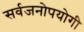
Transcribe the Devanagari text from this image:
सर्वजनाेपयाेगी